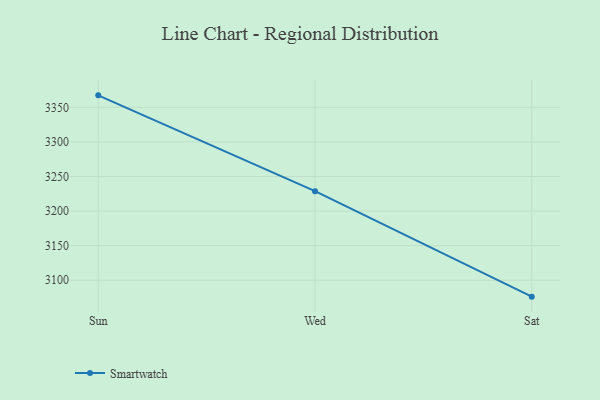
{"axis": {"x": "Day", "y": "Revenue (USD Million)"}, "legend": ["Smartwatch"], "data": [{"x": "Sun", "y": 3367.3, "type": "Smartwatch"}, {"x": "Wed", "y": 3228.8, "type": "Smartwatch"}, {"x": "Sat", "y": 3076.3, "type": "Smartwatch"}]}